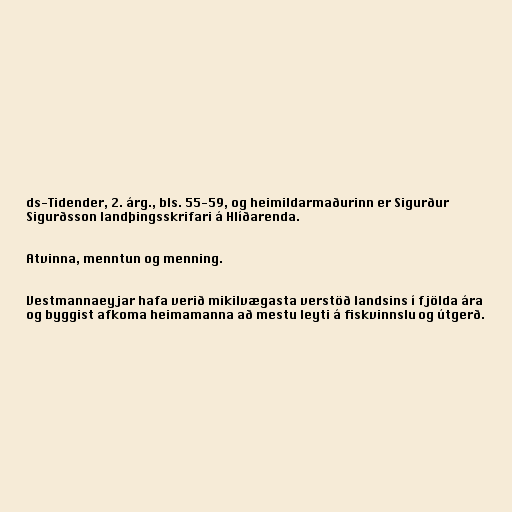
ds-Tidender, 2. árg., bls. 55-59, og heimildarmaðurinn er Sigurður
Sigurðsson landþingsskrifari á Hlíðarenda.

Atvinna, menntun og menning.

Vestmannaeyjar hafa verið mikilvægasta verstöð landsins í fjölda ára
og byggist afkoma heimamanna að mestu leyti á fiskvinnslu og útgerð.